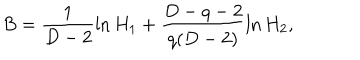
LaTeX: B = \frac { 1 } { D - 2 } \ln H _ { 1 } + \frac { D - q - 2 } { q ( D - 2 ) } \ln H _ { 2 } ,